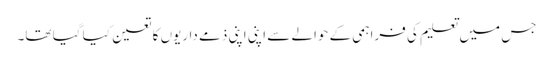
جس میں تعلیم کی فراہمی کے حوالے سے اپنی اپنی ذمے داریوں کا تعین کیا گیا تھا۔